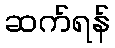
ဆက်ရန်